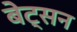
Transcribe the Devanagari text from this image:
बेट्सन